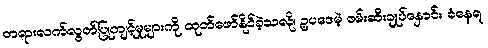
တရားလက်လွတ်ပြုကျင့်မှုများကို ထုတ်ဖော်နိုင်ခဲ့သလို၊ ဥပဒေမဲ့ ဖမ်းဆီးချုပ်နှောင်း ခံနေရ